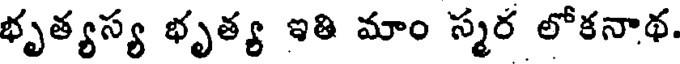
భృత్యస్య భృత్య ఇతి మాం స్మర లోకనాథ.